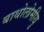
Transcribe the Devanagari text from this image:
बाथोलोमीयु